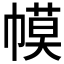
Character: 幙